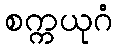
စက္ကယုဂံ